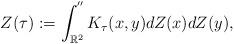
LaTeX: \begin{align*}Z(\tau):=\int_{\mathbb{R}^2}^{''}K_\tau(x,y)dZ(x)dZ(y),\end{align*}